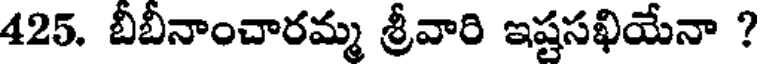
425. బీబీనాంచారమ్మ శ్రీవారి ఇష్టసఖియేనా ?